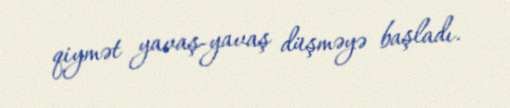
qiymət yavaş-yavaş düşməyə başladı.